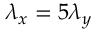
\lambda _ { x } = 5 \lambda _ { y }